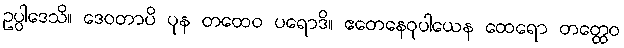
ဥပ္ပါဒေသိ။ ဒေဝတာပိ ပုန တထေဝ ပရောဒိ။ ဧတေနေဝုပါယေန ထေရော တတ္ထေဝ